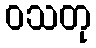
ဝသတု